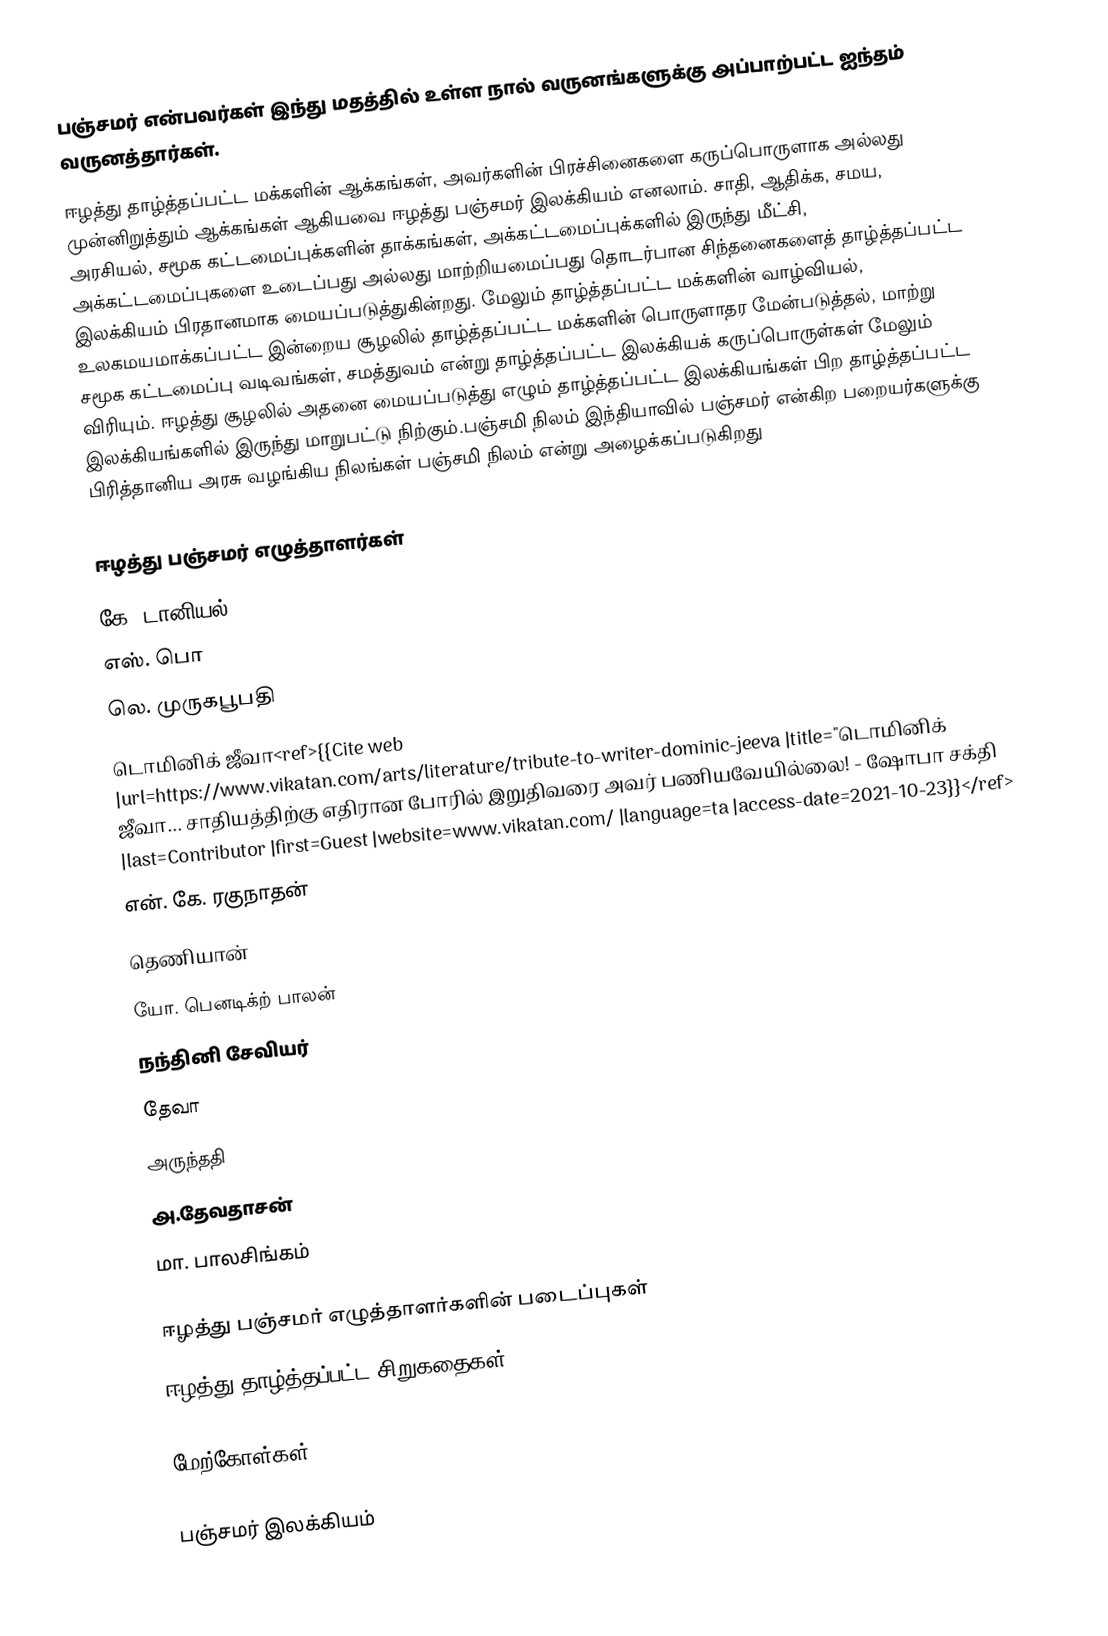
பஞ்சமர்  என்பவர்கள் இந்து மதத்தில் உள்ள நால் வருனங்களுக்கு அப்பாற்பட்ட ஐந்தம் வருனத்தார்கள்.
ஈழத்து தாழ்த்தப்பட்ட மக்களின் ஆக்கங்கள், அவர்களின் பிரச்சினைகளை கருப்பொருளாக அல்லது முன்னிறுத்தும் ஆக்கங்கள் ஆகியவை ஈழத்து பஞ்சமர் இலக்கியம் எனலாம். சாதி, ஆதிக்க, சமய, அரசியல், சமூக கட்டமைப்புக்களின் தாக்கங்கள், அக்கட்டமைப்புக்களில் இருந்து மீட்சி, அக்கட்டமைப்புகளை உடைப்பது அல்லது மாற்றியமைப்பது தொடர்பான சிந்தனைகளைத் தாழ்த்தப்பட்ட இலக்கியம் பிரதானமாக மையப்படுத்துகின்றது.  மேலும் தாழ்த்தப்பட்ட மக்களின் வாழ்வியல், உலகமயமாக்கப்பட்ட இன்றைய சூழலில் தாழ்த்தப்பட்ட மக்களின் பொருளாதர மேன்படுத்தல், மாற்று சமூக கட்டமைப்பு வடிவங்கள், சமத்துவம் என்று தாழ்த்தப்பட்ட இலக்கியக் கருப்பொருள்கள் மேலும் விரியும்.  ஈழத்து சூழலில் அதனை மையப்படுத்து எழும் தாழ்த்தப்பட்ட இலக்கியங்கள் பிற தாழ்த்தப்பட்ட இலக்கியங்களில் இருந்து மாறுபட்டு நிற்கும்.பஞ்சமி நிலம் இந்தியாவில் பஞ்சமர் என்கிற பறையர்களுக்கு பிரித்தானிய அரசு வழங்கிய நிலங்கள் பஞ்சமி நிலம் என்று அழைக்கப்படுகிறது

ஈழத்து பஞ்சமர் எழுத்தாளர்கள்
 கே. டானியல்
 எஸ். பொ
 லெ. முருகபூபதி
 டொமினிக் ஜீவா<ref>{{Cite web |url=https://www.vikatan.com/arts/literature/tribute-to-writer-dominic-jeeva |title="டொமினிக் ஜீவா... சாதியத்திற்கு எதிரான போரில் இறுதிவரை அவர் பணியவேயில்லை! - ஷோபா சக்தி |last=Contributor |first=Guest |website=www.vikatan.com/ |language=ta |access-date=2021-10-23}}</ref>
 என். கே. ரகுநாதன்
 தெணியான்
 யோ. பெனடிக்ற் பாலன்
 நந்தினி சேவியர்
 தேவா
 அருந்ததி
 அ.தேவதாசன்
 மா. பாலசிங்கம்

 ஈழத்து பஞ்சமர் எழுத்தாளர்களின் படைப்புகள்
 ஈழத்து தாழ்த்தப்பட்ட சிறுகதைகள்''

மேற்கோள்கள்

பஞ்சமர் இலக்கியம்